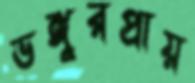
ভঙ্গুরপ্রায়